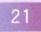
21